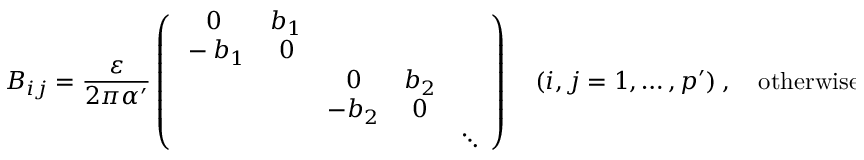
B _ { i j } = \frac { \varepsilon } { 2 \pi \alpha ^ { \prime } } \left( \begin{array} { c c c c c } { { 0 } } & { { b _ { 1 } } } & { { } } & { { } } & { { } } \\ { { { } - b _ { 1 } } } & { { 0 } } & { { } } & { { } } & { { } } \\ { { } } & { { } } & { { 0 } } & { { b _ { 2 } } } & { { } } \\ { { } } & { { } } & { { - b _ { 2 } } } & { { 0 } } & { { } } \\ { { } } & { { } } & { { } } & { { } } & { { \ddots } } \end{array} \right) \quad ( i , j = 1 , \ldots , p ^ { \prime } ) ~ , \quad \mathrm { o t h e r w i s e ~ B _ { \ m u \ n u } = 0 ~ } ~ .